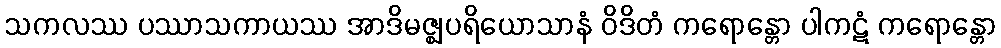
သကလဿ ပဿာသကာယဿ အာဒိမဇ္ဈပရိယောသာနံ ဝိဒိတံ ကရောန္တော ပါကဋံ ကရောန္တော